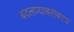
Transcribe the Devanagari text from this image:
बदलण्याबरोबरच